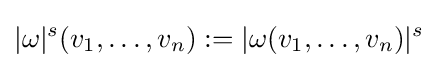
|\omega |^{s}(v_{1},\ldots ,v_{n}):=|\omega (v_{1},\ldots ,v_{n})|^{s}